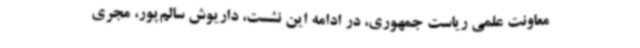
معاونت علمی ریاست جمهوری،‌ در ادامه این نشست، داریوش سالم‌پور، مجری